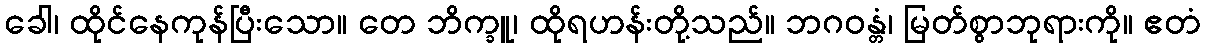
ခေါ၊ ထိုင်နေကုန်ပြီးသော။ တေ ဘိက္ခူ၊ ထိုရဟန်းတို့သည်။ ဘဂဝန္တံ၊ မြတ်စွာဘုရားကို။ ဧတံ